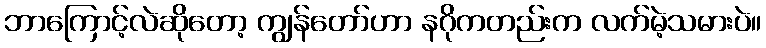
ဘာကြောင့်လဲဆိုတော့ ကျွန်တော်ဟာ နဂိုကတည်းက လက်မဲ့သမားပဲ။